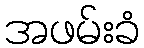
အဖမ်းခံ